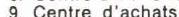
9. Centre d'achats